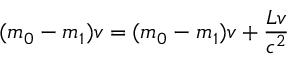
( m _ { 0 } - m _ { 1 } ) v = ( m _ { 0 } - m _ { 1 } ) v + \frac { L v \d } { c ^ { 2 } }